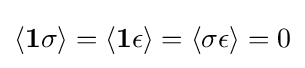
\langle \mathbf {1} \sigma \rangle =\langle \mathbf {1} \epsilon \rangle =\langle \sigma \epsilon \rangle =0